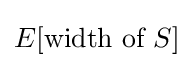
E[{\text{width of }}S]